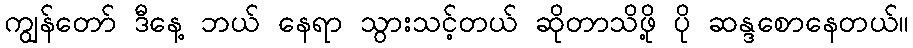
ကျွန်တော် ဒီနေ့ ဘယ် နေရာ သွားသင့်တယ် ဆိုတာသိဖို့ ပို ဆန္ဒစောနေတယ်။